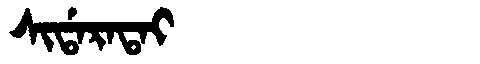
Manchu: ᠰᡳᡩᠠᡵᠠᡨᠠᡳ
Romanization: SIDARATAI